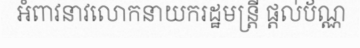
អំពាវនាវលោកនាយករដ្ឋមន្ត្រី ផ្តល់ប័ណ្ណ